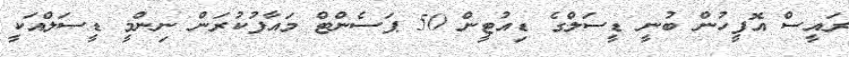
ރައީސް އޮފީހުން ބުނީ ޑީސަލްގެ ޑިއުޓީން 50 ޕަސެންޓް މައާފުކުރަން ނިންމީ ޑީސަލްއަކީ